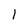
Character: 1